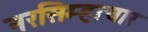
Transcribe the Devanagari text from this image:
नरसिम्हाचार